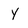
Character: Y